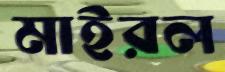
মাইরল